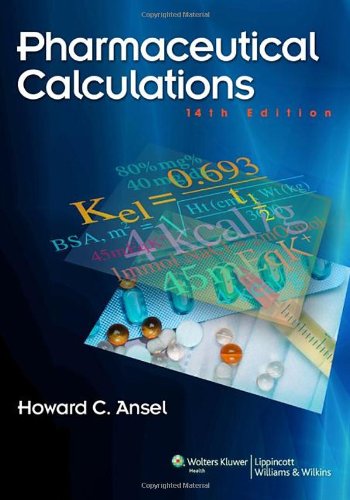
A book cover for Pharmaceutical Calculations; Howard C. Ansel; Medical Books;